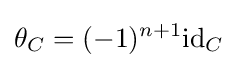
\theta _{C}=(-1)^{n+1}\mathrm {id} _{C}